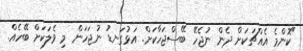
"ކޮންމެ އެއްޗަކަށް ދެން ނުޖެހޭ ބޭސްޖަހާކަށް. އަޅުގަނޑު ނުޖަހަން މި ވެލަކަށް ބޭހެއް.